Civil Veterinary Dept. Assam report 1911-1927 - 1911-1927
Year: 1911
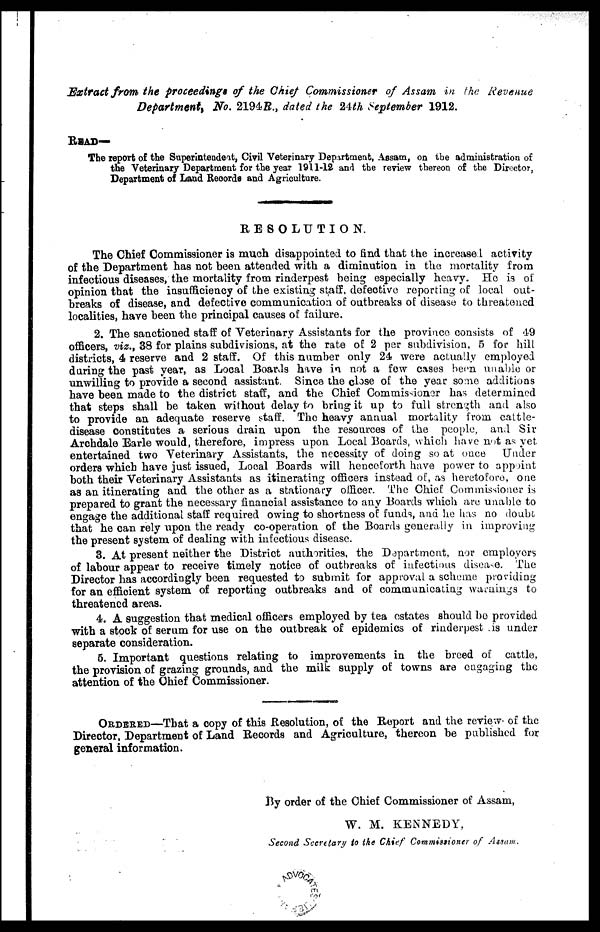
Extract from the proceedings of the Chief Commissioner of Assam in the Revenue
Department, No. 2194R., dated the 24th September 1912.
READ—
The report of the Superintendent, Civil Veterinary Department, Assam, on the administration of
the Veterinary Department for the year 1911-12 and the review thereon of the Director,
Department of Land Records and Agriculture.
RESOLUTION.
The Chief Commissioner is much disappointed to find that the increased activity
of the Department has not been attended with a diminution in the mortality from
infectious diseases, the mortality from rinderpest being especially heavy. He is of
opinion that the insufficiency of the existing st,aff, defective reporting of local out-
breaks of disease, and defective communication of outbreaks of disease to threatened
localities, have been the principal causes of failure.
2. The sanctioned staff of Veterinary Assistants for the province consists of 49
officers, viz., 38 for plains subdivisions, at the rate of 2 per subdivision, 5 for hill
districts, 4 reserve and 2 staff. Of this number only 24 were actually employed
during the past year, as Local Boards have in not a few cases been unable or
unwilling to provide a second assistant. Since the close of the year some additions
have been made to the district staff, and the Chief Commissioner has determined
that steps shall be taken without delay to bring it up to full strength and also
to provide an adequate reserve staff. The heavy annual mortality from cattle-
disease constitutes a serious drain upon the resources of the people, and Sir
Archdale Earle would, therefore, impress upon Local Boards, which have not as yet
entertained two Veterinary Assistants, the necessity of doing so at once
Under
orders which have just issued, Local Boards will henceforth have power to appoint
both their Veterinary Assistants as itinerating officers instead of, as heretofore, one
as an itinerating and the other as a stationary officer. The Chief Commissioner is
prepared to grant the necessary financial assistance to any Boards which are unable to
engage the additional staff required owing to shortness of funds, and he has no doubt,
that he can rely upon the ready co-operation of the Boards generally in improving
the present system of dealing with infectious disease.
3. At present neither the District authorities, the Department, nor employers
of labour appear to receive timely notice of outbreaks of infectious disease. The
Director has accordingly been requested to submit for approval a scheme providing
for an efficient system of reporting outbreaks and of communicating warnings to
threatened areas.
4. A suggestion that medical officers employed by tea estates should be provided
with a stock of serum for use on the outbreak of epidemics of rinderpest is under
separate consideration.
5. Important questions relating to improvements in the breed of cattle,
the provision of grazing grounds, and the milk supply of towns are engaging the
attention of the Chief Commissioner.
ORDERED—That a copy of this Resolution, of the Report and the review- of the
Director, Department of Land Records and Agriculture, thereon be published for
general information.
By order of the Chief Commissioner of Assam,
W. M. KENNEDY,
Second Secretary to the Chief Commissioner of Assam.